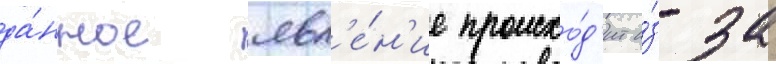
да́нное явл'е́н'ие происхо́д'ит и́з-за